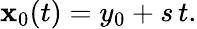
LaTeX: \mathbf{x}_{0}(t)=y_{0}+s\, t.